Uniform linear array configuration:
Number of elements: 24
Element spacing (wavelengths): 0.25
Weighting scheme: hann
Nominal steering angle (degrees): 30
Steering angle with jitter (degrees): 28.307
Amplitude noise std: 0.05
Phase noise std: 0.05

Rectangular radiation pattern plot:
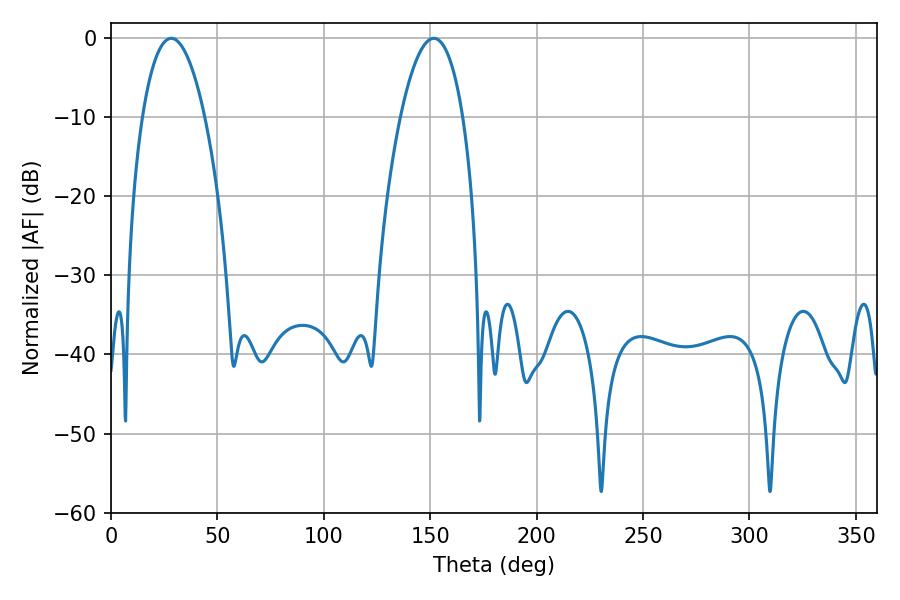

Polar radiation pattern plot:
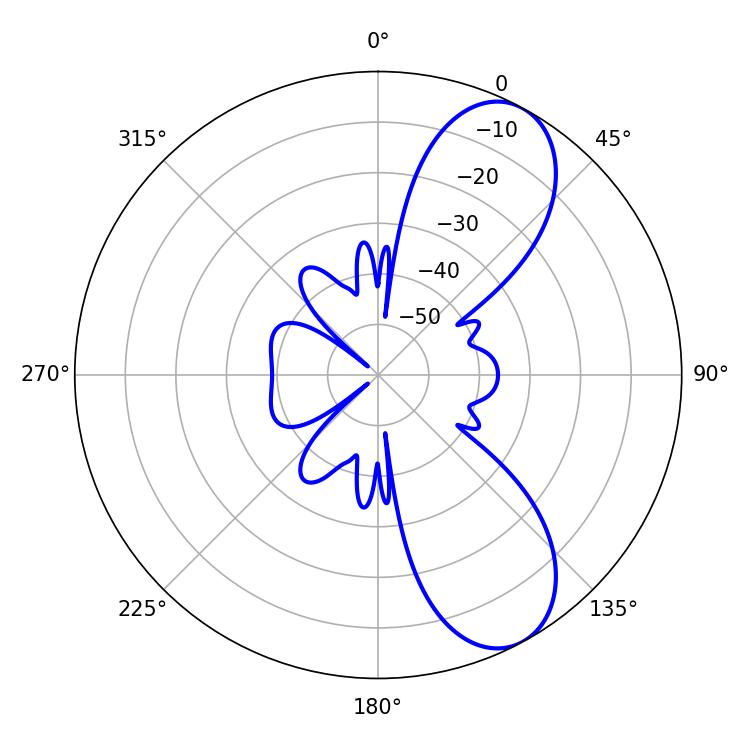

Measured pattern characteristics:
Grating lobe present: FALSE
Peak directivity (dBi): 8.366
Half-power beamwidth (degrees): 16.38
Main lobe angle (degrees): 28.26